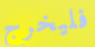
فليخرج